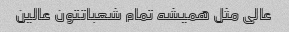
عالی مثل همیشه تمام شعباتتون عالین